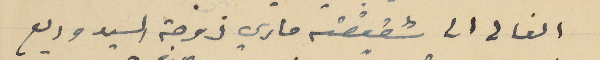
الغالى الى شقيقته ماري زوجة السيد وديع